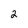
Character: 2